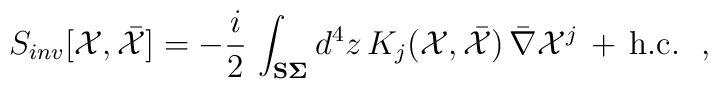
S_{inv} [ {\cal X}, \bar{{\cal X}} ]  =  -{i \over 2} \,\int_{\bf {S\Sigma}} d^{4}z \,K_j ({\cal X} ,  \bar{{\cal X}} )\, \bar{\nabla} {\cal X}^j  \, + \, {\rm h.c.}\ \ ,